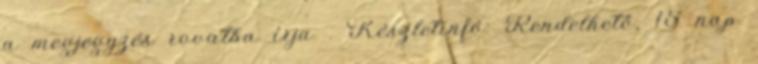
a megjegyzés rovatba írja . Készletinfó: Rendelhető, 15 nap